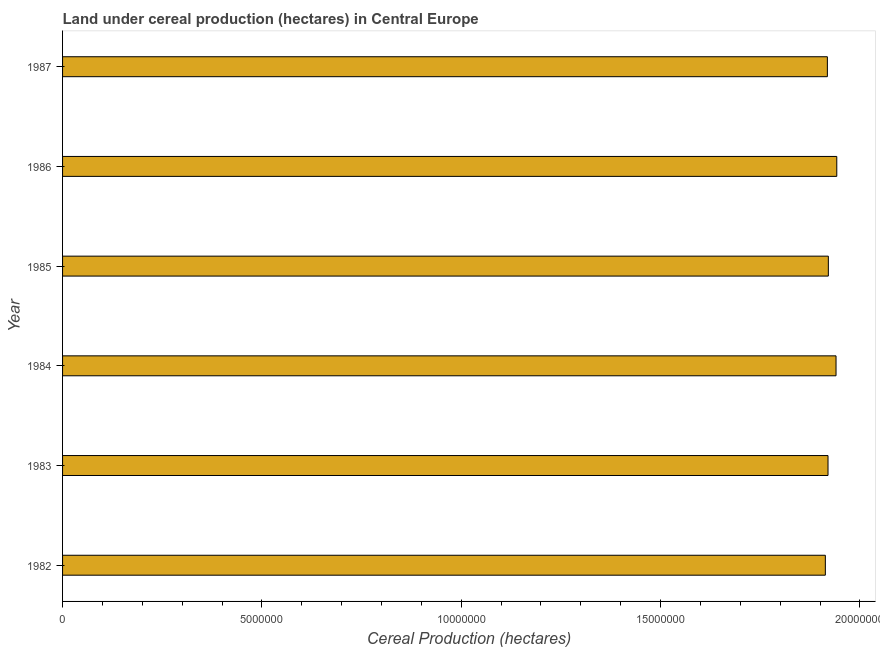
| Year | Land under cereal production (hectares) |
 | --- | --- |
 | 1982 | 1.91e+07 |
 | 1983 | 1.92e+07 |
 | 1984 | 1.94e+07 |
 | 1985 | 1.92e+07 |
 | 1986 | 1.94e+07 |
 | 1987 | 1.92e+07 |